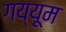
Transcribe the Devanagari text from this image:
गय्यूम